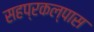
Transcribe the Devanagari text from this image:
सहप्रकल्पास